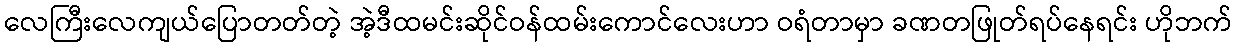
လေကြီးလေကျယ်ပြောတတ်တဲ့ အဲ့ဒီထမင်းဆိုင်ဝန်ထမ်းကောင်လေးဟာ ဝရံတာမှာ ခဏတဖြုတ်ရပ်နေရင်း ဟိုဘက်